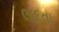
લાદતા